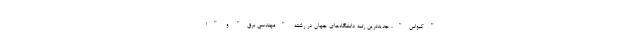
"کیواس"، جدیدترین رتبه دانشگاه‌های جهان در رشته "مهندسی برق" و "ا